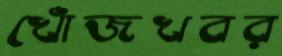
খোঁজখবর